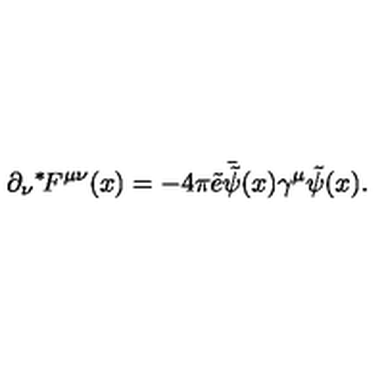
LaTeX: \partial _ { \nu } { } ^ { * } \! F ^ { \mu \nu } ( x ) = - 4 \pi \tilde { e } \bar { \tilde { \psi } } ( x ) \gamma ^ { \mu } \tilde { \psi } ( x ) .